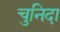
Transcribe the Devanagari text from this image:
चुनिदा